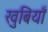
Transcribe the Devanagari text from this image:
खुबियाँ